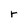
Character: r